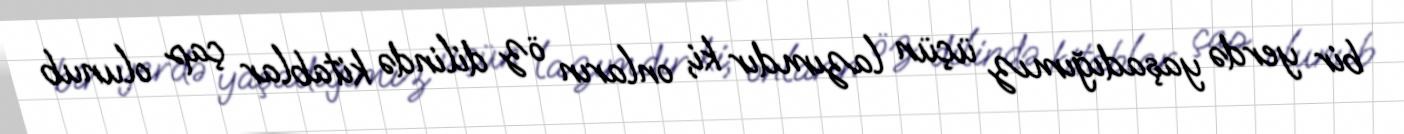
bir yerdə yaşadığımız üçün lazımdır ki, onların öz dilində kitablar çap olunub